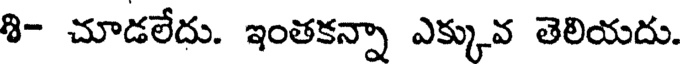
శి- చూడలేదు. ఇంతకన్నా ఎక్కువ తెలియదు.